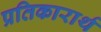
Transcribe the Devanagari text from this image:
प्रतिकारार्थ